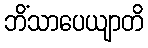
ဘိံသာပေယျာတိ